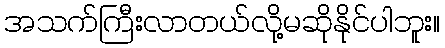
အသက်ကြီးလာတယ်လို့မဆိုနိုင်ပါဘူး။